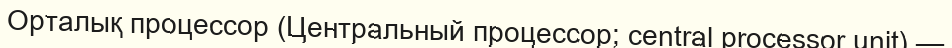
Орталық процессор (Центральный процессор; central processor unit) —